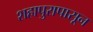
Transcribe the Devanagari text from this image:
शहापुरापासून